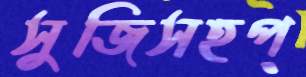
সুজিসহপ্